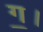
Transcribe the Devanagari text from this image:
ग॒।